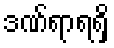
ဒဏ်ရာရရှိ